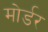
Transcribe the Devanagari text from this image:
मोर्डर